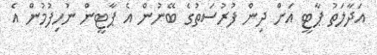
އަދާލަތު ޕާޓީ އަށް ދިން ފުރުސަތުގެ ބޭނުން އެ ޕާޓީން ނުހިފުމުން އެ